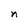
Character: n